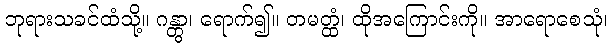
ဘုရားသခင်ထံသို့။ ဂန္တွာ၊ ရောက်၍။ တမတ္ထံ၊ ထိုအကြောင်းကို။ အာရောစေသုံ၊